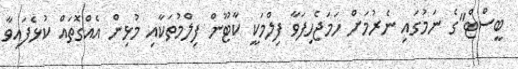
ބީސްޓް"ގެ ނަމުގައި ނެރުމަށް ހަމަޖެހިފަވާ ފިލްމަކީ ކާޓޫން ފިލްމުތަކާއި މުޅިން އެއްގޮތައް ކުޅެފައިވާ